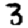
Digit: 3